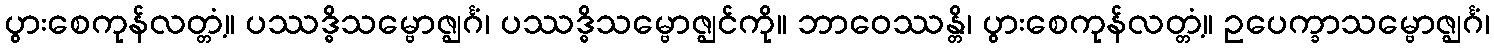
ပွားစေကုန်လတ္တံ့။ ပဿဒ္ဓိသမ္ဗောဇ္ဈင်္ဂံ၊ ပဿဒ္ဓိသမ္ဗောဇ္ဈင်ကို။ ဘာဝေဿန္တိ၊ ပွားစေကုန်လတ္တံ့။ ဥပေက္ခာသမ္ဗောဇ္ဈင်္ဂံ၊